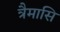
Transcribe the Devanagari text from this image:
त्रैमासि